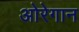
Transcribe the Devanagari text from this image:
ओरेगान